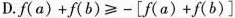
D.$$f ( a ) + f ( b ) ≥ - [ f ( a ) + f ( b ) ]$$